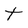
Character: t